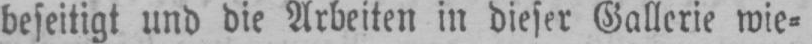
beseitigt und die Arbeiten in dieser Gallerie wie⸗